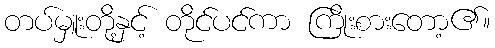
တပ်မှူးတို့နှင့် တိုင်ပင်ကာ ကြိုးစားတော့၏။